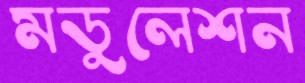
মডুলেশন